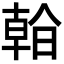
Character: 𣉙